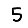
Digit: 5